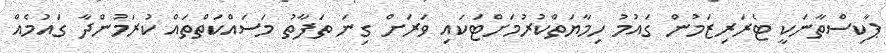
ޕާކިސްތާނަކީ ޓެރަރިޒަމުން ގައުމު ހިމާޔަތްކުރުމަށްޓަކައި ވަރަށް ގިނަ ތަފާތު މަސައްކަތްތައް ކުރަމުންދާ ގައުމެއް